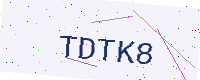
Text: TDTK8